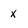
Character: x